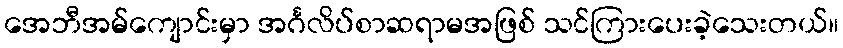
အေဘီအမ်ကျောင်းမှာ အင်္ဂလိပ်စာဆရာမအဖြစ် သင်ကြားပေးခဲ့သေးတယ်။